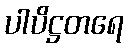
ပါပိဋ္ဌတရေ